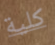
كلية